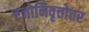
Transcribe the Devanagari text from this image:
रजोनिवृत्तोत्तर